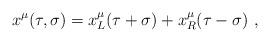
LaTeX: \begin{align*}x^\mu(\tau,\sigma)=x^\mu_L(\tau+\sigma)+x^\mu_R(\tau-\sigma)\ ,\end{align*}